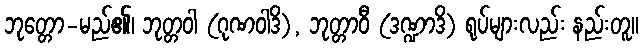
ဘုတ္တော-မည်၏၊ ဘုတ္တဝါ (ဂုဏဝါဒိ), ဘုတ္တာဝီ (ဒဏ္ဍာဒိ) ရုပ်များလည်း နည်းတူ။